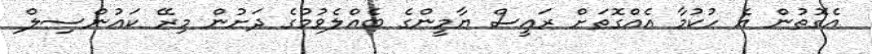
އެގޮތުން އެ ހުކުމާ އެއްގޮތަށް ރައީސް ޔާމީންގެ ބެއްލެވުމުގެ ދަށުން މިރޭ ކައުންސިލް